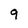
Character: 9